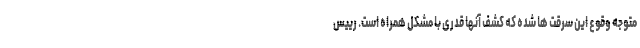
متوجه وقوع این سرقت ها شده که کشف آنها قدری با مشکل همراه است. رییس